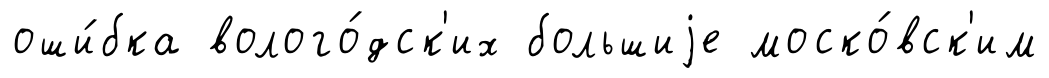
оши́бка волого́дск'их большиjе моско́вск'им